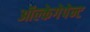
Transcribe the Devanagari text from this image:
ऑल्केगेपेन्ट